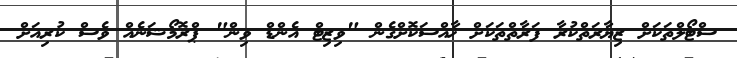
ސްޓޯލްތަކަށް ޒިޔާރަތްކުރާ ފަރާތްތަކަށް ޚާއްސަކޮށްގެން "ވިޒިޓް އެންޑް ވިން" ޕްރޮމޯޝަނެއް ވެސް ކުރިއަށް